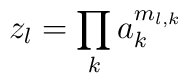
z_l = \prod_k a_k^{m_{l,k}}